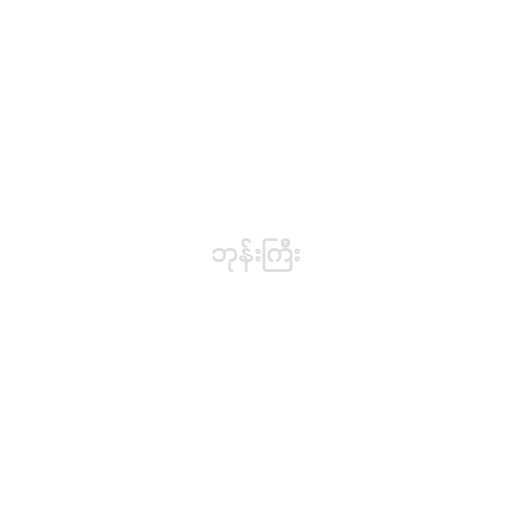
ဘုန်းကြီး